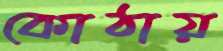
কোঠায়